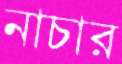
নাচার